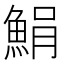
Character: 𩷫